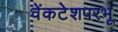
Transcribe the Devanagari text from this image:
वेंकटेशपरभू